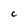
Character: C